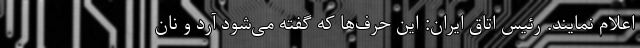
اعلام نمایند. رئیس اتاق ایران: این حرف‌ها که گفته می‌شود آرد و نان